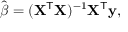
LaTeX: { \hat { \boldsymbol { \beta } } } = ( \mathbf { X } ^ { \mathsf { T } } \mathbf { X } ) ^ { - 1 } \mathbf { X } ^ { \mathsf { T } } \mathbf { y } ,